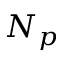
N _ { p }